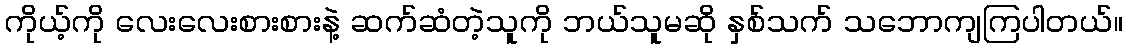
ကိုယ့်ကို လေးလေးစားစားနဲ့ ဆက်ဆံတဲ့သူကို ဘယ်သူမဆို နှစ်သက် သဘောကျကြပါတယ်။